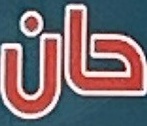
حان